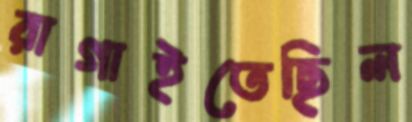
রাগাইতেছিল